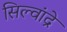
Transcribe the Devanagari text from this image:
सिल्वांद्रे